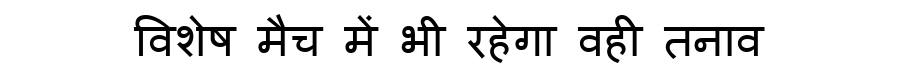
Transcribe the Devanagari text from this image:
विशेष मैच में भी रहेगा वही तनाव